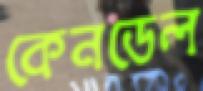
কেনডেল